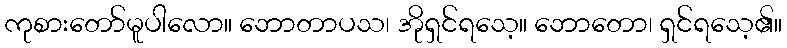
ကုစားတော်မူပါလော။ ဘောတာပသ၊ အိုရှင်ရသေ့။ ဘောတော၊ ရှင်ရသေ့၏။